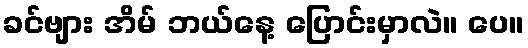
ခင်ဗျား အိမ် ဘယ်နေ့ ပြောင်းမှာလဲ။ ပေ။